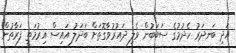
އަދި ބަނދަރު ހެދުމުގެ ސަބަބުން ވެލި ދައުރުވާގޮތަށް ބަދަލު އައިސް އިރުމަތީ ފަރާތުން